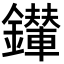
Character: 𨯉